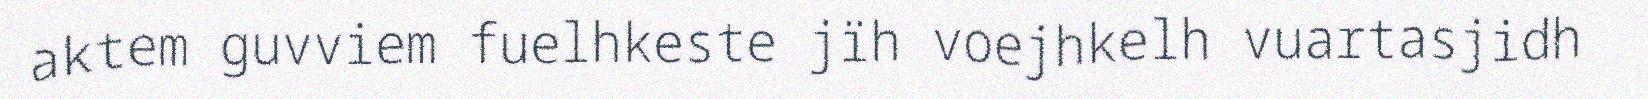
aktem guvviem fuelhkeste jïh voejhkelh vuartasjidh